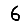
Digit: 6